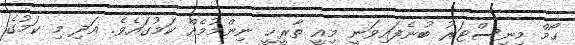
ހޯމް މިނިސްޓަރު ބުނެފައިވަނީ މިއީ ތާރީޚީ ނިންމުމެއް ކަމުގައެވެ. އަދި މި ކަމުގެ